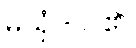
မယှံ - ငါ၏၊